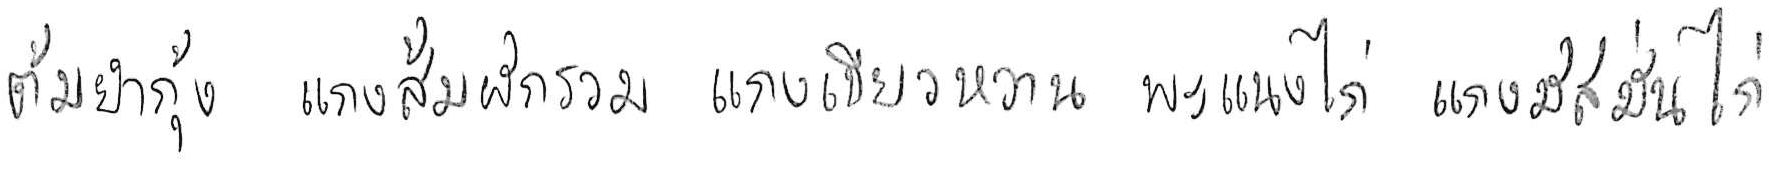
ต้มยำกุ้ง แกงส้มผักรวม แกงเขียวหวาน พะแนงไก่ แกงมัสมั่นไก่